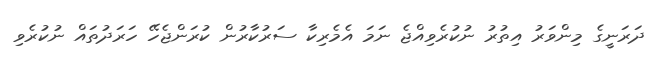
ދަރަނީގެ މިންވަރު އިތުރު ނުކުރެވިއްޖެ ނަމަ އެމެރިކާ ސަރުކާރުން ކުރަންޖެހޭ ހަރަދުތައް ނުކުރެވި